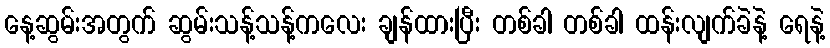
နေ့ဆွမ်းအတွက် ဆွမ်းသန့်သန့်ကလေး ချန်ထားပြီး တစ်ခါ တစ်ခါ ထန်းလျက်ခဲနဲ့ ရေနဲ့